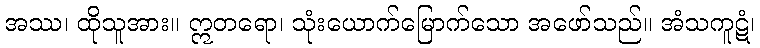
အဿ၊ ထိုသူအား။ ဣတရော၊ သုံးယောက်မြောက်သော အဖော်သည်။ အံသကူဋံ၊